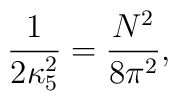
\frac{1}{2\kappa_5^2}=\frac{N^2}{8\pi^2} ,